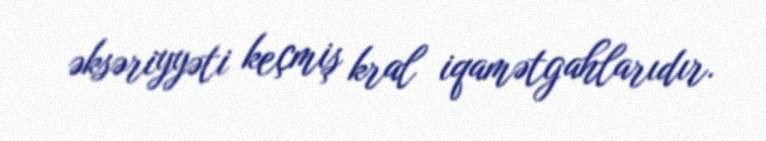
əksəriyyəti keçmiş kral iqamətgahlarıdır.